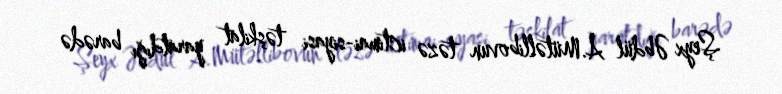
Şeyx Əbdül A.Mütəllibovun təzə ictimai-siyasi təşkilat yaratdığı barədə